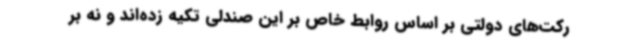
رکت‌های دولتی بر اساس روابط خاص بر این صندلی تکیه زده‌اند و نه بر